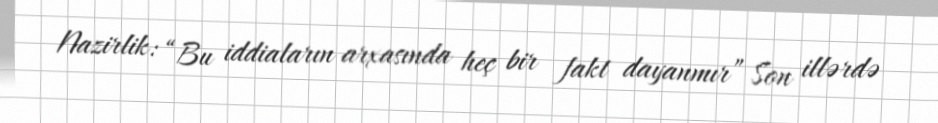
Nazirlik: “Bu iddiaların arxasında heç bir fakt dayanmır” Son illərdə